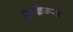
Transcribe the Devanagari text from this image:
बुकिंग्स